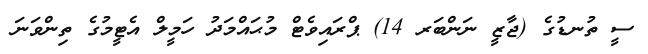
ސީ ތުނޑުގެ (ޖާޒީ ނަންބަރ 14) ޕްރައިވެޓް މުޙައްމަދު ހަމީލް އެޓީމުގެ ތިންވަނަ